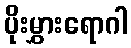
ပိုးမွှားရောဂါ